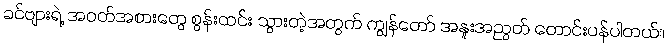
ခင်ဗျားရဲ့ အဝတ်အစားတွေ စွန်းထင်း သွားတဲ့အတွက် ကျွန်တော် အနူးအညွတ် တောင်းပန်ပါတယ်။